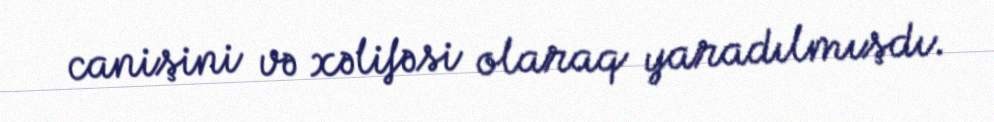
canişini və xəlifəsi olaraq yaradılmışdı.